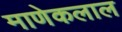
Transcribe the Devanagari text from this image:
माणेकलाल